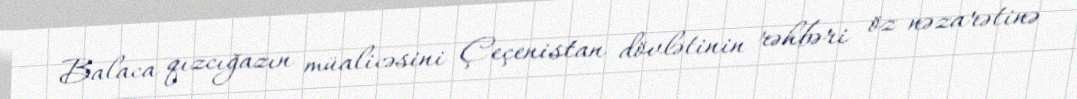
Balaca qızcığazın müalicəsini Çeçenistan dövlətinin rəhbəri öz nəzarətinə